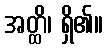
အတ္ထိ၊ ရှိ၏။